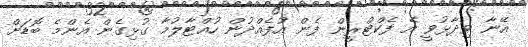
އޭނާ ވިދާޅުވީ އެ ފެކްޓްރީން ފެން އުފެއްދުން ހުއްޓާލުމާ ގުޅިގެން އެންމެ ބޮޑަށް